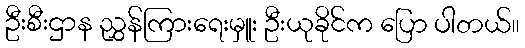
ဦးစီးဌာန ညွှန်ကြားရေးမှူး ဦးယုခိုင်က ပြော ပါတယ်။